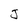
Character: J